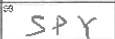
Transcription: SPY